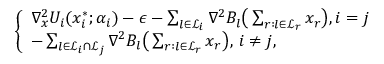
\begin{array} { r } { \left\{ \begin{array} { l l } { \nabla _ { x } ^ { 2 } U _ { i } ( x _ { i } ^ { * } ; \alpha _ { i } ) - \epsilon - \sum _ { l \in \mathcal { L } _ { i } } \nabla ^ { 2 } B _ { l } \big ( \sum _ { r : l \in \mathcal { L } _ { r } } x _ { r } \big ) , i = j } \\ { - \sum _ { l \in \mathcal { L } _ { i } \cap \mathcal { L } _ { j } } \nabla ^ { 2 } B _ { l } \big ( \sum _ { r : l \in \mathcal { L } _ { r } } x _ { r } \big ) , \, i \neq j , } \end{array} \right. } \end{array}